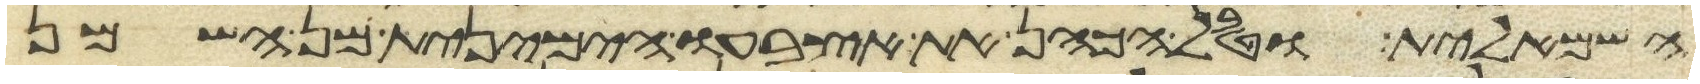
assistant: השמאלית וטבל הכהן את אצבעו הימנית מן השמן